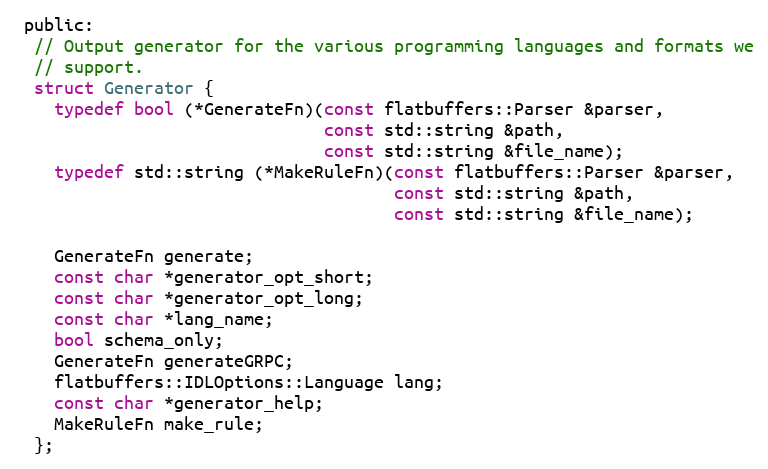
Language: C
 public:
  // Output generator for the various programming languages and formats we
  // support.
  struct Generator {
    typedef bool (*GenerateFn)(const flatbuffers::Parser &parser,
                               const std::string &path,
                               const std::string &file_name);
    typedef std::string (*MakeRuleFn)(const flatbuffers::Parser &parser,
                                      const std::string &path,
                                      const std::string &file_name);

    GenerateFn generate;
    const char *generator_opt_short;
    const char *generator_opt_long;
    const char *lang_name;
    bool schema_only;
    GenerateFn generateGRPC;
    flatbuffers::IDLOptions::Language lang;
    const char *generator_help;
    MakeRuleFn make_rule;
  };